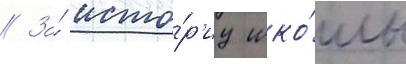
// За́ исто́р'иу шко́лы